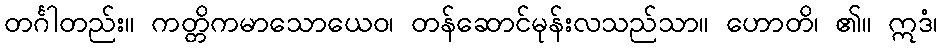
တင်္ဂါတည်း။ ကတ္တိကမာသောယေဝ၊ တန်ဆောင်မုန်းလသည်သာ။ ဟောတိ၊ ၏။ ဣဒံ၊